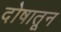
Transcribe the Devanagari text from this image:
दोषातून